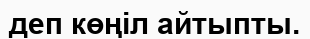
деп көңіл айтыпты.